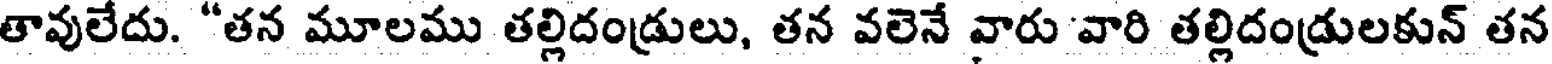
తావులేదు. "తన మూలము తల్లిదండ్రులు, తన వలెనే వారు 'వారి తల్లిదండ్రులకున్ తన